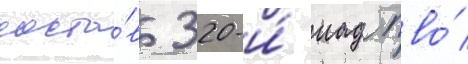
соста́в 320-и́ иад пво́